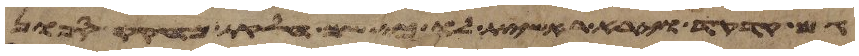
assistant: גם קדקד וירא ראשית לו כי שם חלקת מחוקק ספון